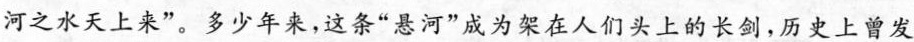
河之水天上来”。多少年来，这条“悬河”成为架在人们头上的长剑，历史上曾发